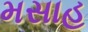
મસાહ